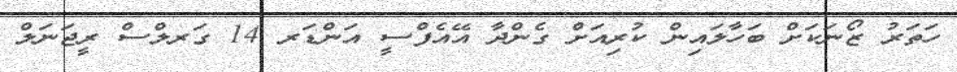
ހަތަރު ޒޯނަކަށް ބަހާލައިން ކުރިއަށް ގެންދާ އޭއެފްސީ އަންޑަރ 14 ގަރލްސް ރީޖަނަލް